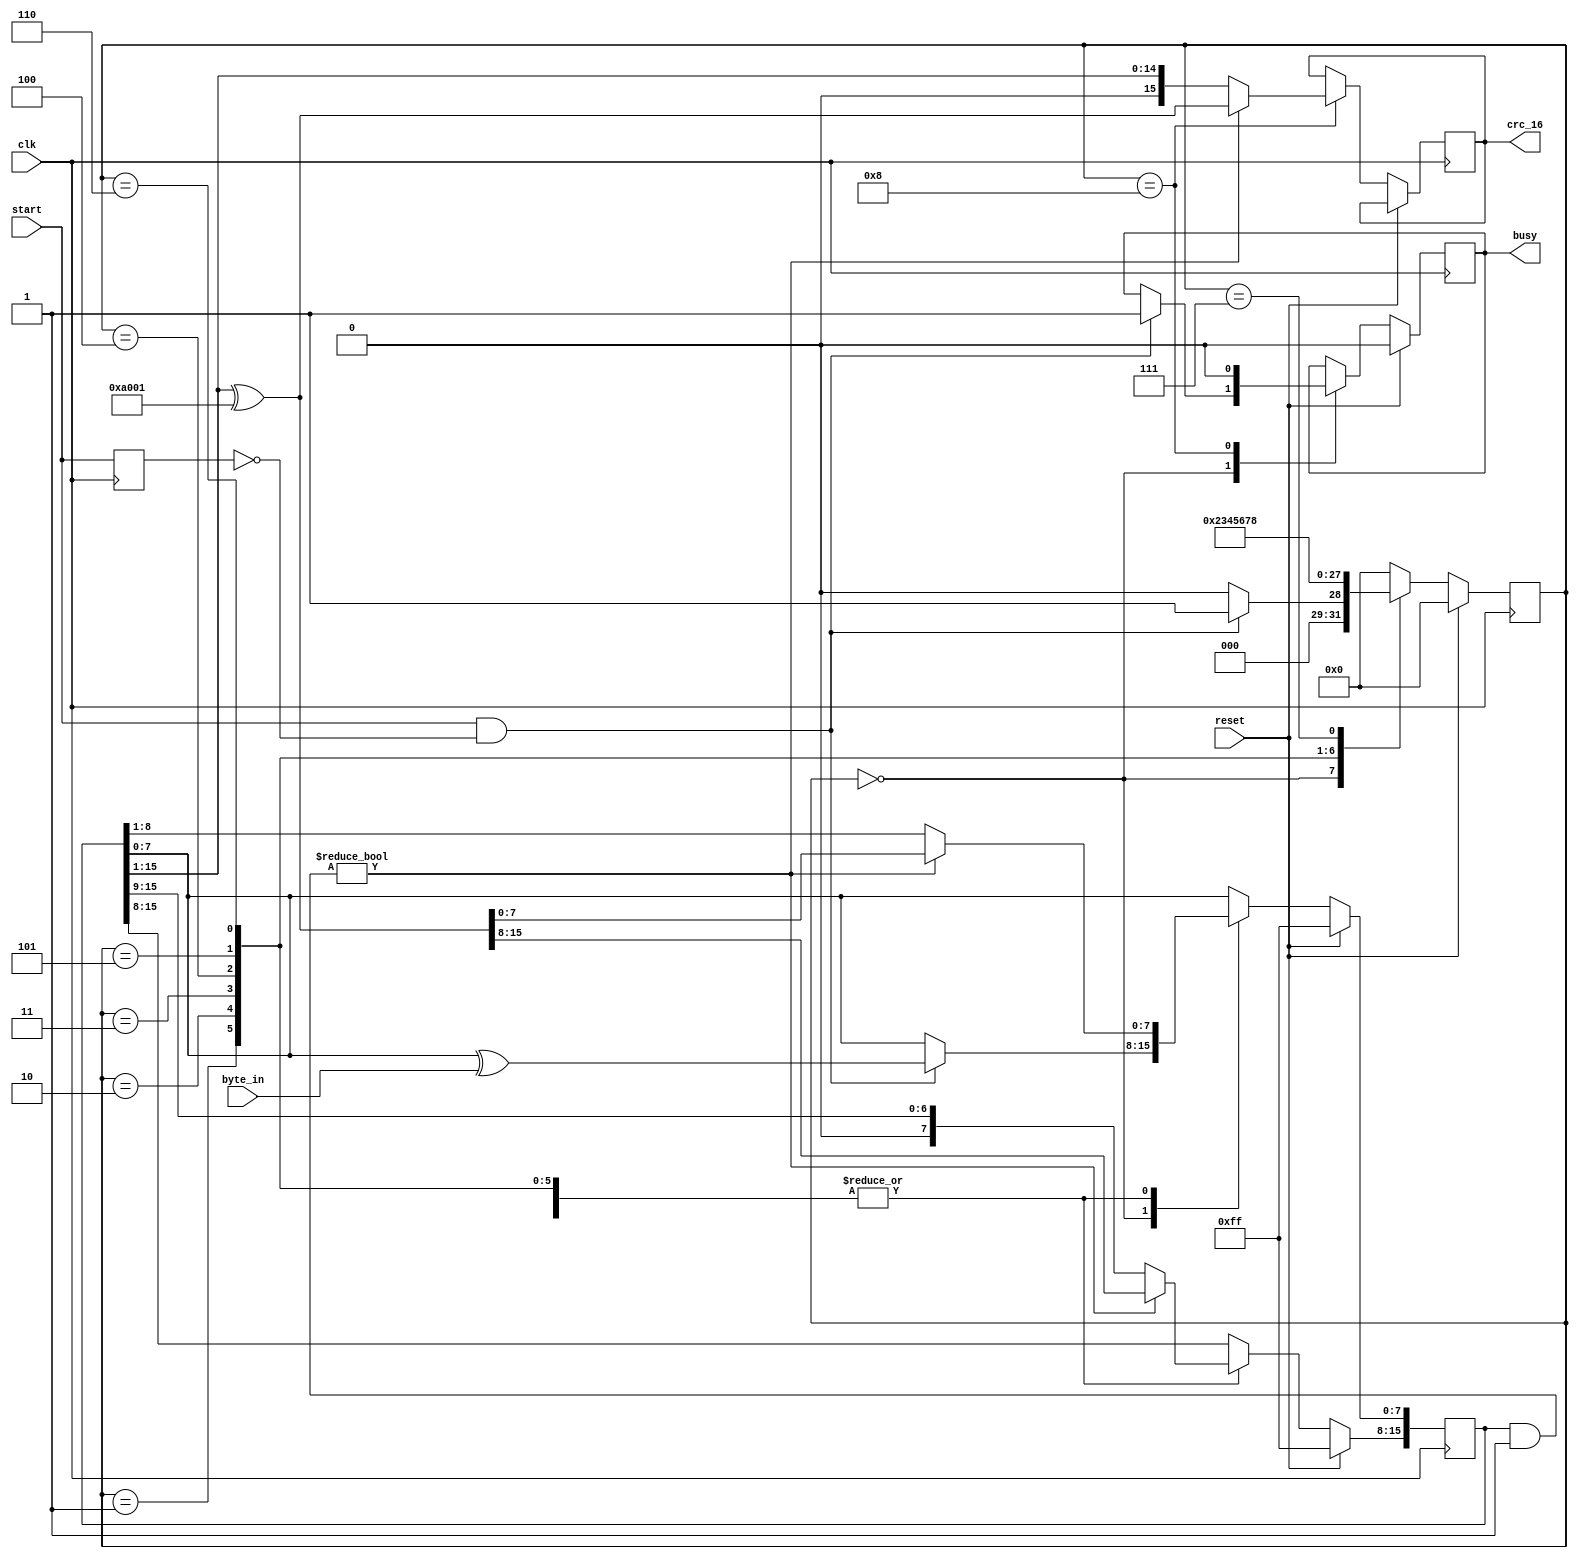

module crc_16_rtu_tx_32_w (
				   	  input 	     clk,
				   	  input 	     start,
				   	  input [7:0] byte_in,
				   	  input       reset,
				   	  						     output reg [15:0] crc_16,
				   	  						     output reg        busy
																			);

localparam [15:0] polinom          = 16'hA001;

localparam [3:0]  IDLE             =  4'b0000;
localparam [3:0]  STAGE_0          =  4'b0001;
localparam [3:0]  STAGE_1          =  4'b0010;
localparam [3:0]  STAGE_2          =  4'b0011;
localparam [3:0]  STAGE_3          =  4'b0100;
localparam [3:0]  STAGE_4          =  4'b0101;
localparam [3:0]  STAGE_5          =  4'b0110;
localparam [3:0]  STAGE_6          =  4'b0111;
localparam [3:0]  STAGE_7          =  4'b1000;

	   reg [3:0]  state            =  4'b0000;

	   reg [15:0] crc              = 16'hFFFF;
	   reg        previous_strb    =  1'b0;

always @(posedge clk) begin
	previous_strb <= start;
	
	if(reset) begin
		crc <= 16'hFFFF;
		state <= IDLE;
		busy <= 1'b0;
	end
	else begin
		
		case(state)

			IDLE: begin
				if(start && !previous_strb) begin
					state <= STAGE_0;
					crc[7:0] <= crc[7:0] ^ byte_in[7:0];
					busy <= 1'b1;
				end
				else begin
					state <= IDLE;
				end
			end

			STAGE_0: begin
				if(crc & 16'h0001)
					crc <= (crc >> 16'h0001) ^ polinom;
				else
					crc <= crc >> 16'h0001;

				state <= STAGE_1;
			end

			STAGE_1: begin
				if(crc & 16'h0001)
					crc <= (crc >> 16'h0001) ^ polinom;
				else
					crc <= crc >> 16'h0001;

				state <= STAGE_2;
			end

			STAGE_2: begin
				if(crc & 16'h0001)
					crc <= (crc >> 16'h0001) ^ polinom;
				else
					crc <= crc >> 16'h0001;

				state <= STAGE_3;
			end

			STAGE_3: begin
				if(crc & 16'h0001)
					crc <= (crc >> 16'h0001) ^ polinom;
				else
					crc <= crc >> 16'h0001;

				state <= STAGE_4;
			end

			STAGE_4: begin
				if(crc & 16'h0001)
					crc <= (crc >> 16'h0001) ^ polinom;
				else
					crc <= crc >> 16'h0001;

				state <= STAGE_5;
			end

			STAGE_5: begin
				if(crc & 16'h0001)
					crc <= (crc >> 16'h0001) ^ polinom;
				else
					crc <= crc >> 16'h0001;

				state <= STAGE_6;
			end

			STAGE_6: begin
				if(crc & 16'h0001)
					crc <= (crc >> 16'h0001) ^ polinom;
				else
					crc <= crc >> 16'h0001;

				state <= STAGE_7;
			end

			STAGE_7: begin
				if(crc & 16'h0001) begin
					crc <= (crc >> 16'h0001) ^ polinom;
					crc_16 <= (crc >> 16'h0001) ^ polinom;
				end
				else begin
					crc <= crc >> 16'h0001;
					crc_16 <= crc >> 16'h0001;
				end
				
				busy <= 1'b0;
				state <= IDLE;
			end
			
			default begin
				state <= IDLE;
			end
			
		endcase
	end
end

endmodule